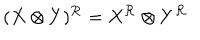
( X \otimes Y ) ^ { \cal R } = X ^ { \cal R } \otimes Y ^ { \cal R }